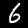
Label: 6